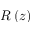
R \left( z \right)